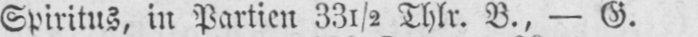
Spiritus, in Partien 33½ Thlr. B., - G.